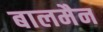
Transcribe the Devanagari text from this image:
बालमैन